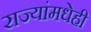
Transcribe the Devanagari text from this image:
राज्यांमधेही